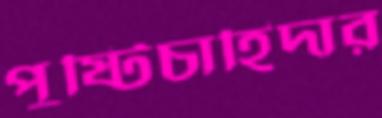
পুষ্টিচাহিদার